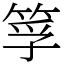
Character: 筟